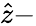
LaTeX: \hat{z}-